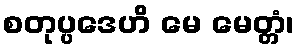
စတုပ္ပဒေဟိ မေ မေတ္တံ၊